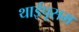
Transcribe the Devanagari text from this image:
थाईपूसम